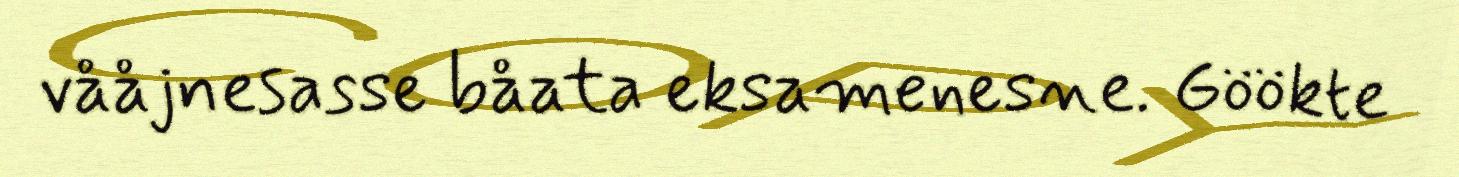
vååjnesasse båata eksamenesne. Göökte